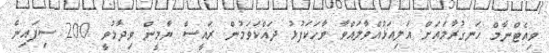
ވިއެޓްނާމް ހަނގުރާމައަށް އަލިއަޅުއްވާލައްވާ ވާހަކަފުޅު ދައްކަވަމުން ރައީސް ޔާމީން ވިދާޅުވީ 200 ސިފައިން